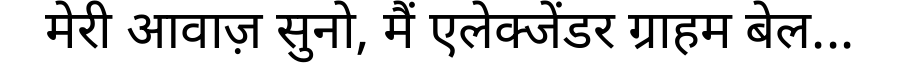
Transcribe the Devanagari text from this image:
मेरी आवाज़ सुनो, मैं एलेक्जेंडर ग्राहम बेल...